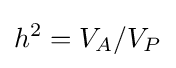
h^{2}=V_{A}/V_{P}